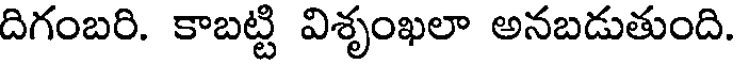
దిగంబరి. కాబట్టి విశృంఖలా అనబడుతుంది.